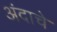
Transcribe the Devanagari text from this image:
अंदाचे